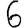
Digit: 6